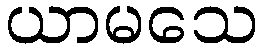
ယာမသေ